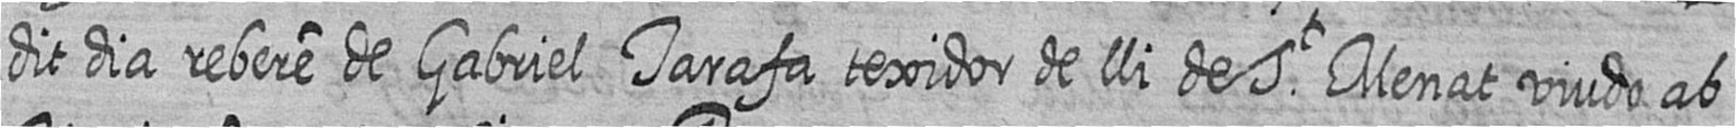
dit dia rebere de Gabriel Tarafa texidor de lli de St Menat viudo ab